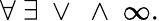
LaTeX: \forall\ \exists\ \vee\ \wedge\ \infty.